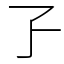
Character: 孒